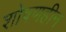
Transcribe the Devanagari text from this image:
शोषणहीन